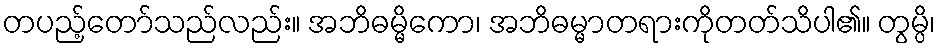
တပည့်တော်သည်လည်း။ အဘိဓမ္မိကော၊ အဘိဓမ္မာတရားကိုတတ်သိပါ၏။ တွမ္ပိ၊